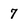
Character: 7